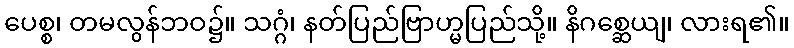
ပေစ္စ၊ တမလွန်ဘဝ၌။ သဂ္ဂံ၊ နတ်ပြည်ဗြာဟ္မပြည်သို့။ နိဂစ္ဆေယျ၊ လားရ၏။